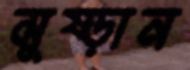
মুষ্‌ড়ান